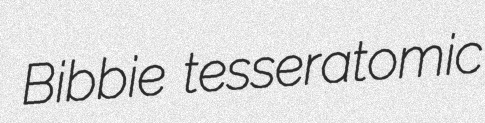
Bibbie tesseratomic